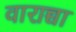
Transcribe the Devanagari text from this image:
वाराच्चा